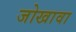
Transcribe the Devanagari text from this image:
जोखावा